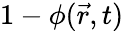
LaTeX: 1-\phi(\vec{r},t)